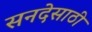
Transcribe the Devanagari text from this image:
सनदेसाठी